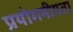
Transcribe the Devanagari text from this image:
प्रयोगनीयता